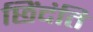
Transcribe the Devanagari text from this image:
छिंदंति